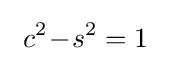
~c^{2}\!-\!s^{2}=1~